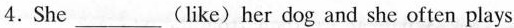
4.She___(like)her dog and she often plays